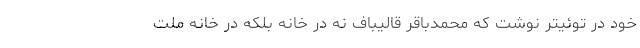
خود در توئیتر نوشت که محمدباقر قالیباف نه در خانه بلکه در خانه ملت